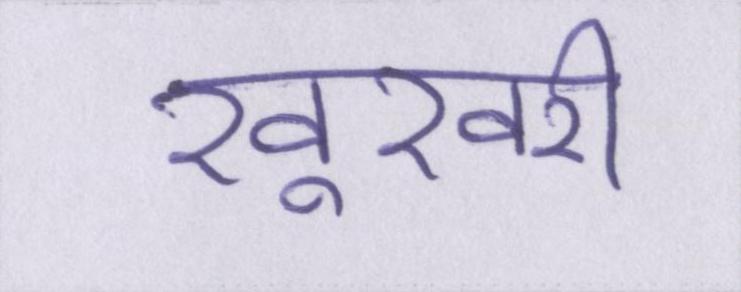
खूखरी